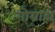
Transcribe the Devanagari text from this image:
गोग्राहा